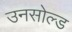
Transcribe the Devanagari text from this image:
उनसोल्ड